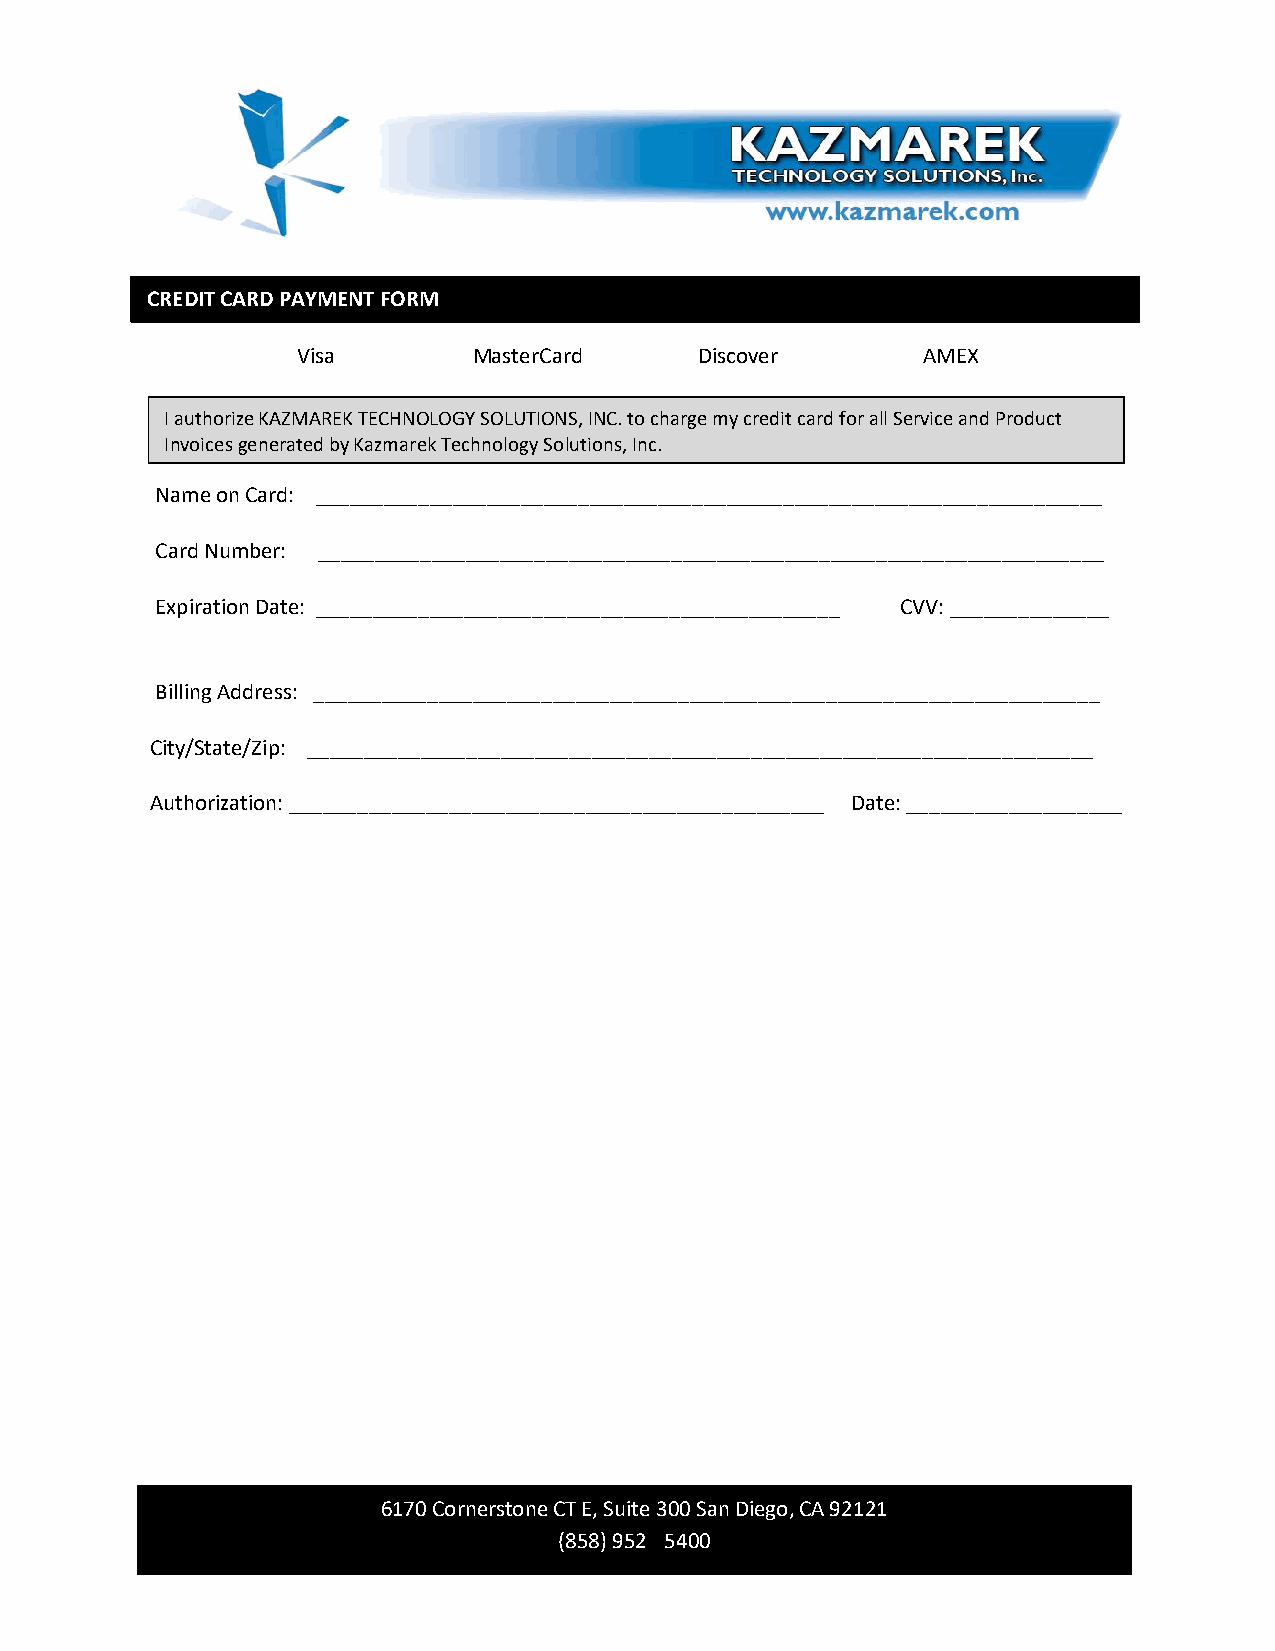
CREDIT CARD PAYMENT FORM
 Visa       MasterCard     Discover       AMEX
 I authorize KAZMAREK TECHNOLOGY SOLUTIONS, INC. to charge my credit card for all Service and Product
 Invoices generated by Kazmarek Technology Solutions, Inc.
 Name on Card: _____________________________________________________________________
 Card Number: _____________________________________________________________________
 Expiration Date: ______________________________________________ CVV: ______________
 Billing Address: _____________________________________________________________________
 City/State/Zip: _____________________________________________________________________
 Authorization: _______________________________________________ Date: ___________________
 6170 Cornerstone CT E, Suite 300 San Diego, CA 92121
 (858) 952 - 5400